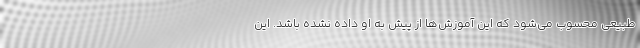
طبیعی محسوب می‌شود که این آموزش‌ها از پیش به او داده نشده باشد. این